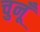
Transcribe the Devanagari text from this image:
चुनूँ